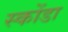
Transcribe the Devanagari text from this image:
स्कोंडा